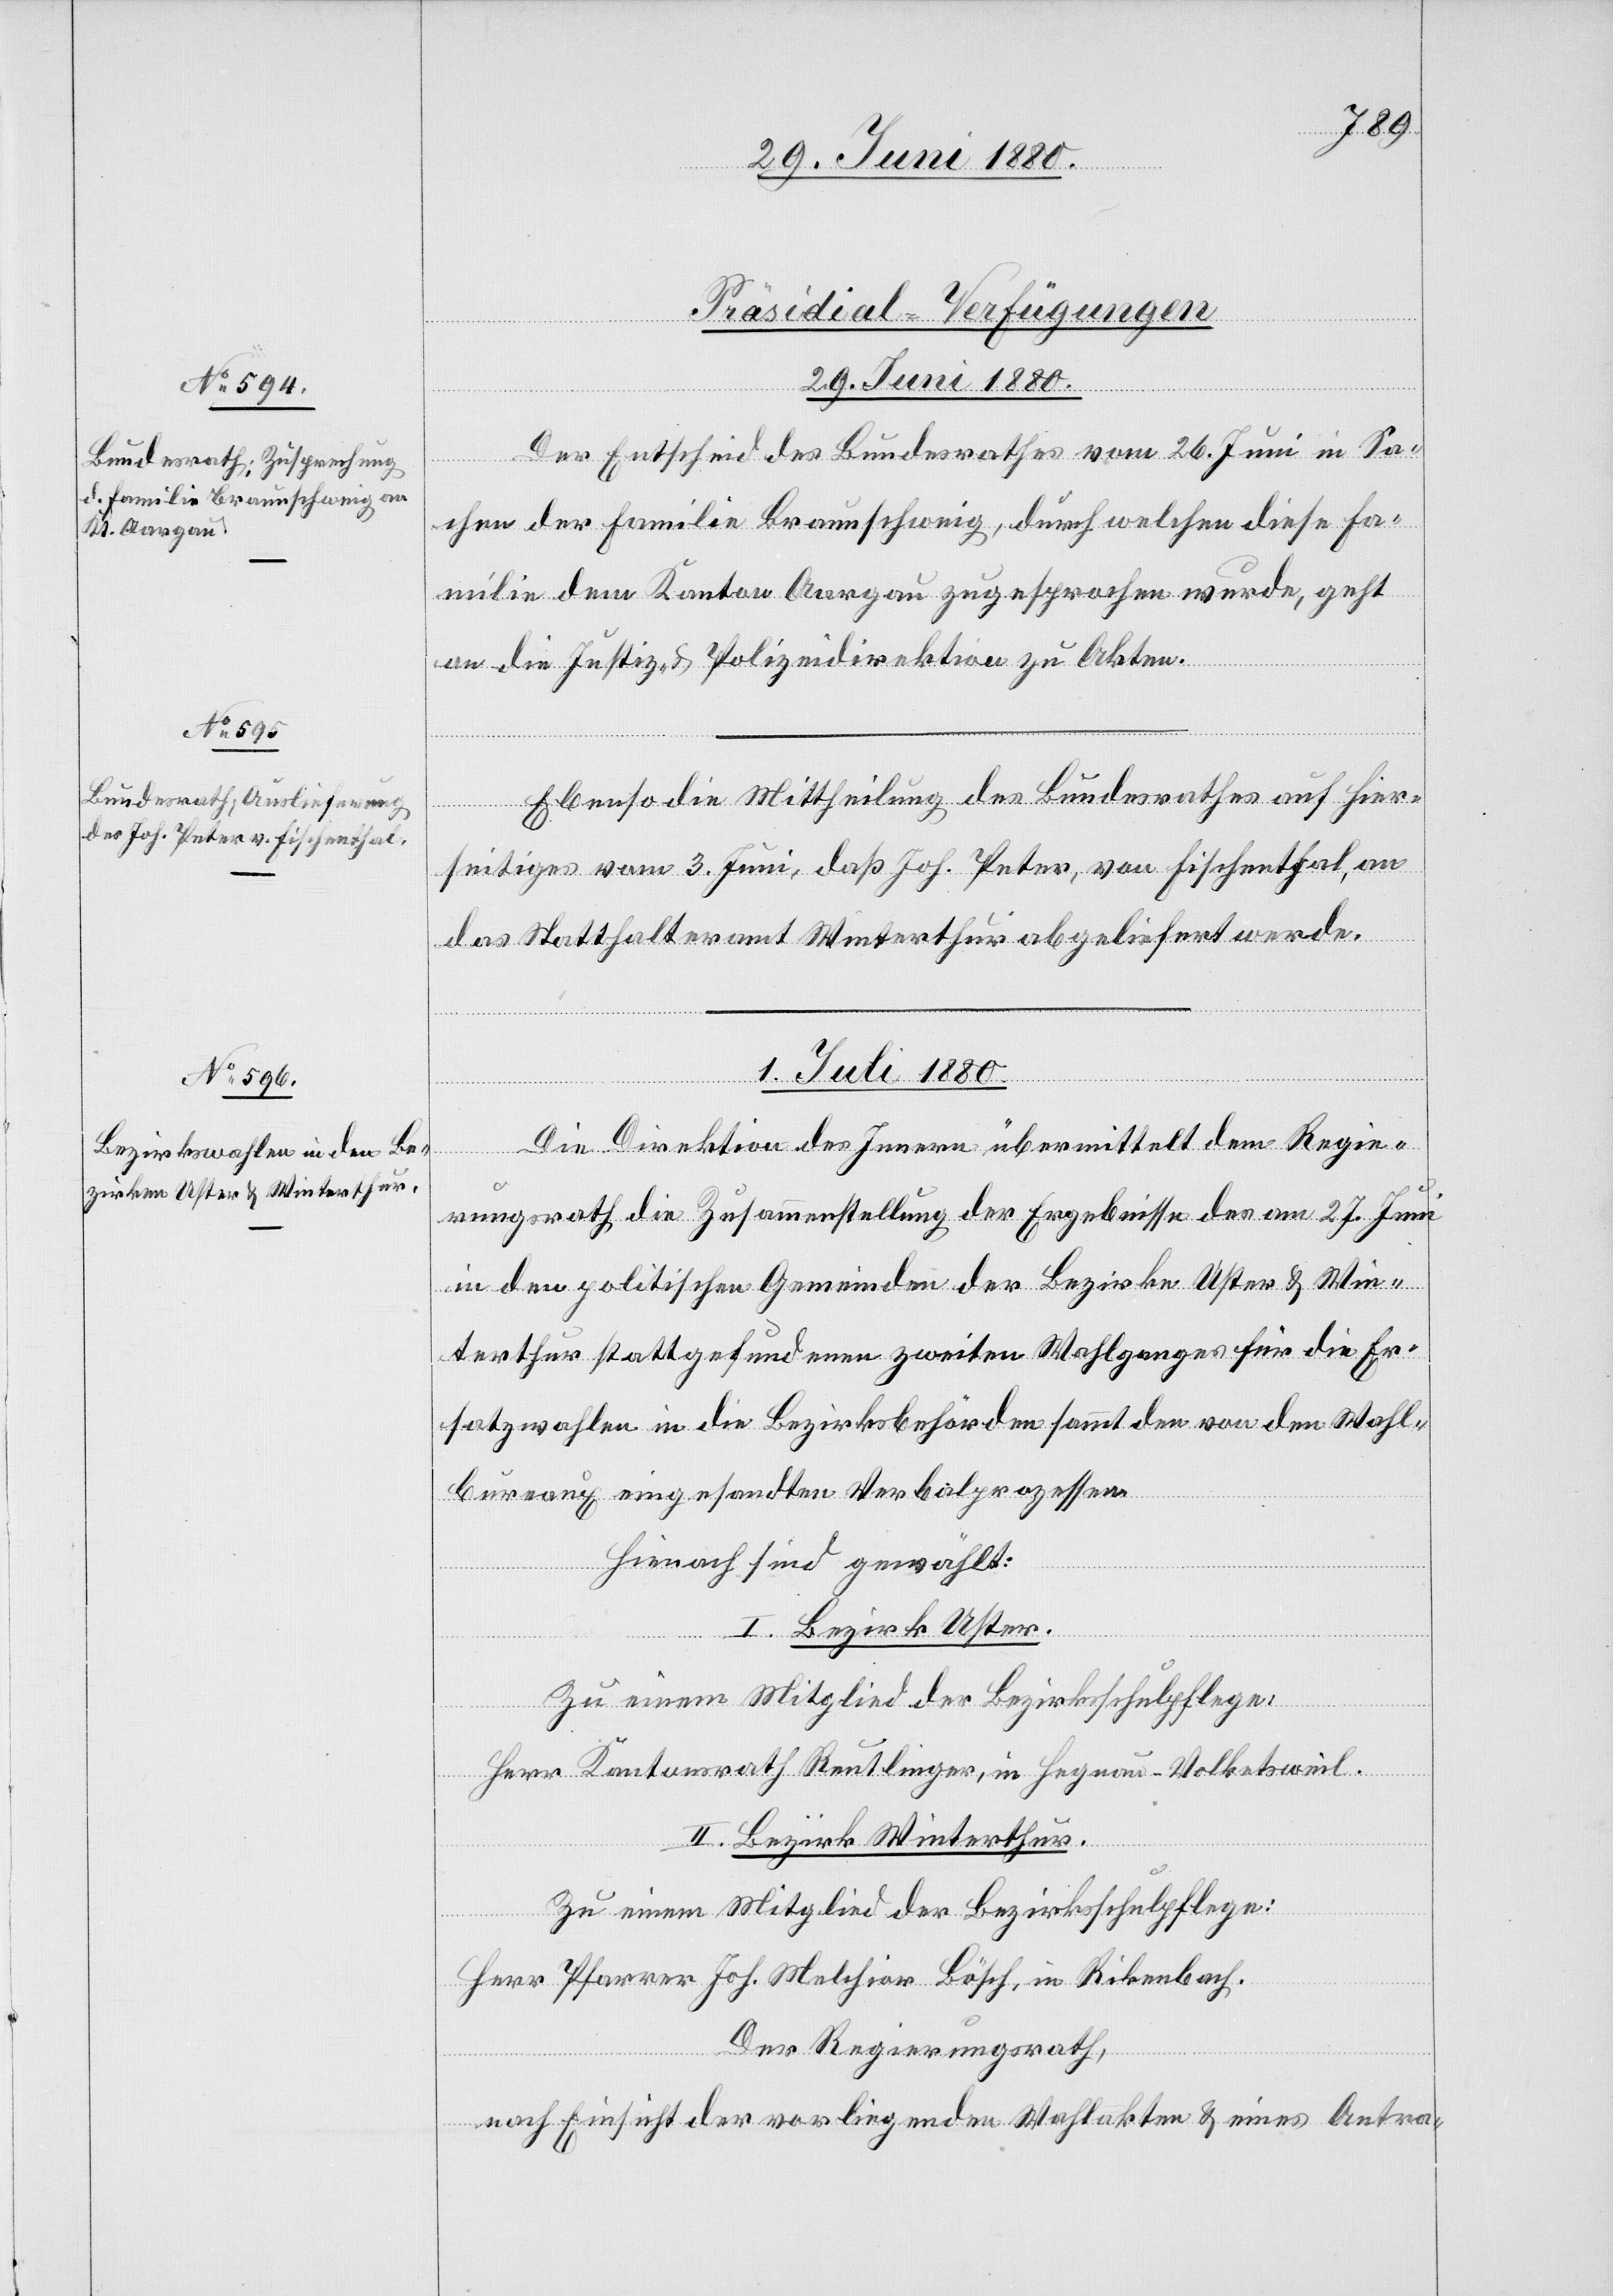
29. Juni 1880.]
[Fortset¬
[Präsidial-Verfügungen]
29. Juni 1880.
Der Entscheid des Bundesrathes vom 26. Juni in Sa¬
chen der Familie Braunschweig, durch welchen diese Fa¬
milie dem Kanton Aargau zugesprochen wurde, geht
an die Justiz- & Polizeidirektion zu Akten.
Ebenso die Mittheilung des Bundesrathes auf hier¬
seitiges vom 3. Juni, daß Joh. Peter, von Fischenthal,
das Statthalteramt Winterthur abgeliefert werde.
1. Juli 1880.
zung
Die Direktion des Innern übermittelt dem Regie¬
rungsrath die Zusammenstellung der Ergebnisse des am 27. Juni
in den politischen Gemeinden der Bezirke Uster & Win¬
terthur stattgefundenen zweiten Wahlganges für die Er¬
satzwahlen in die Bezirksbehörden sammt den von den Wahl¬
bureaux eingesandten Verbalprozessen.
Hienach sind gewählt:
I. Bezirk Uster.
Zu einem Mitglied der Bezirksschulpflege:
Herr Kantonsrath Reutlinger, in Hegnau-Volketsweil.
II. Bezirk Winterthur.
Zu einem Mitglied der Bezirksschulpflege:
Herr Pfarrer Joh. Melchior Bösch, in Rikenbach.
Der Regierungsrath;
nach Einsicht der vorliegenden Wahlakten & eines Antra-